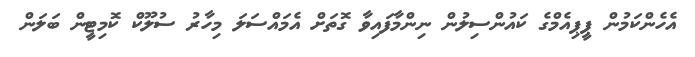
އެހެންކަމުން ޕީޕިއެމްގެ ކައުންސިލުން ނިންމާފައިވާ ގޮތަށް އެމައްސަލަ މިހާރު ސުލޫކް ކޮމިޓީން ބަލަން